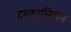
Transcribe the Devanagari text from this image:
हरक्यूलियन